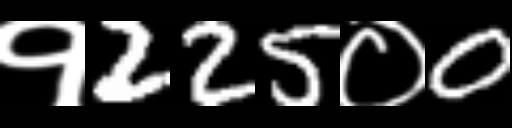
Text: १225०0